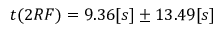
t ( 2 R F ) = 9 . 3 6 [ s ] \pm 1 3 . 4 9 [ s ]